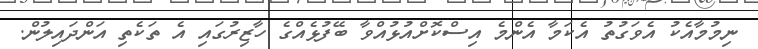
ނިމުމާއެކު އެވަގުތު އެކަމާ އެންމެ އިސްކޮށްއުޅުއްވާ ބޭފުޅެއްގެ ހާޒިރުގައި އެ ތަކެތި އަންދައިލުން.